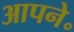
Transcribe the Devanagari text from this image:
आपने॰